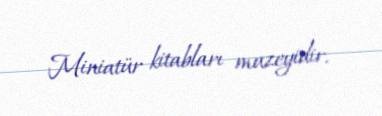
Miniatür kitabları muzeyidir.